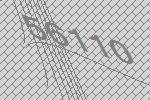
56110